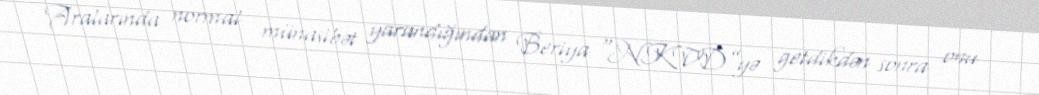
Aralarında normal münasibət yarandığından Beriya “NKVD”yə getdikdən sonra onu